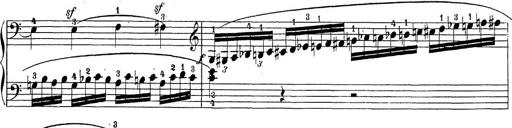
Title: Sonatina Album
Composer: Louis KÃ¶hler